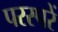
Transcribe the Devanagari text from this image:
परस्परें